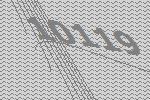
10119